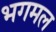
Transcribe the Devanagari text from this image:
भगमल